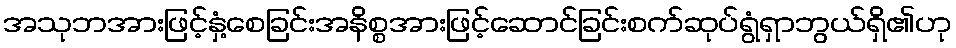
အသုဘအားဖြင့်နှံ့စေခြင်းအနိစ္စအားဖြင့်ဆောင်ခြင်းစက်ဆုပ်ရွံရှာဘွယ်ရှိ၏ဟု